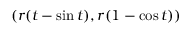
( r ( t - \sin t ) , r ( 1 - \cos t ) )